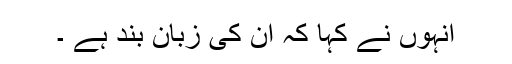
انہوں نے کہا کہ اُن کی زبان بند ہے ۔